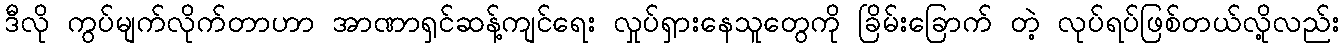
ဒီလို ကွပ်မျက်လိုက်တာဟာ အာဏာရှင်ဆန့်ကျင်ရေး လှုပ်ရှားနေသူတွေကို ခြိမ်းခြောက် တဲ့ လုပ်ရပ်ဖြစ်တယ်လို့လည်း